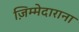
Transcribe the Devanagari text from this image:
ज़िम्मेदाराना